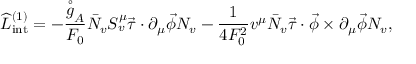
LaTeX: \widehat { \cal L } _ { \mathrm { i n t } } ^ { ( 1 ) } = - \frac { \stackrel { \circ } { g } _ { A } } { F _ { 0 } } \bar { \cal N } _ { v } S _ { v } ^ { \mu } \vec { \tau } \cdot \partial _ { \mu } \vec { \phi } { \cal N } _ { v } - \frac { 1 } { 4 F _ { 0 } ^ { 2 } } v ^ { \mu } \bar { \cal N } _ { v } \vec { \tau } \cdot \vec { \phi } \times \partial _ { \mu } \vec { \phi } { \cal N } _ { v } ,